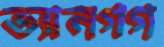
ভ্যানগগ